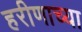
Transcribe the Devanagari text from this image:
हरीणाच्या